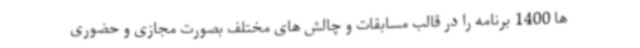
ها 1400 برنامه را در قالب مسابقات و چالش های مختلف بصورت مجازی و حضوری